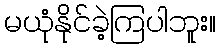
မယုံနိုင်ခဲ့ကြပါဘူး။